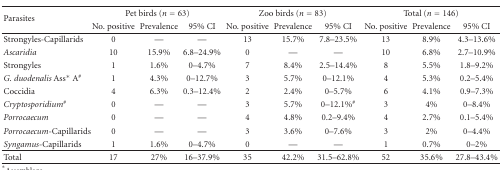
<table><thead><tr><td rowspan="2"><b>Parasites</b></td><td colspan="3"><b>Pet birds (<i>n</i> = 63)</b></td><td colspan="3"><b>Zoo birds (<i>n</i> = 83)</b></td><td colspan="3"><b>Total (<i>n</i> = 146)</b></td></tr><tr><td><b>No. positive</b></td><td><b>Prevalence</b></td><td><b>95% CI</b></td><td><b>No. positive</b></td><td><b>Prevalence</b></td><td><b>95% CI</b></td><td><b>No. positive</b></td><td><b>Prevalence</b></td><td><b>95% CI</b></td></tr></thead><tbody><tr><td>Strongyles-Capillarids</td><td>0</td><td>—</td><td>—</td><td>13</td><td>15.7%</td><td>7.8–23.5%</td><td>13</td><td>8.9%</td><td>4.3–13.6%</td></tr><tr><td><i>Ascaridia</i></td><td>10</td><td>15.9%</td><td>6.8–24.9%</td><td>0</td><td>—</td><td>—</td><td>10</td><td>6.8%</td><td>2.7–10.9%</td></tr><tr><td>Strongyles</td><td>1</td><td>1.6%</td><td>0–4.7%</td><td>7</td><td>8.4%</td><td>2.5–14.4%</td><td>8</td><td>5.5%</td><td>1.8–9.2%</td></tr><tr><td><i>G. duodenalis </i>Ass* A<sup>#</sup></td><td>1</td><td>4.3%</td><td>0–12.7%</td><td>3</td><td>5.7%</td><td>0–12.1%</td><td>4</td><td>5.3%</td><td>0.2–5.4%</td></tr><tr><td>Coccidia</td><td>4</td><td>6.3%</td><td>0.3–12.4%</td><td>2</td><td>2.4%</td><td>0–5.7%</td><td>6</td><td>4.1%</td><td>0.9–7.3%</td></tr><tr><td><i>Cryptosporidium</i><sup>#</sup></td><td>0</td><td>—</td><td>—</td><td>3</td><td>5.7%</td><td>0–12.1%<sup>#</sup></td><td>3</td><td>4%</td><td>0–8.4%</td></tr><tr><td><i>Porrocaecum</i></td><td>0</td><td>—</td><td>—</td><td>4</td><td>4.8%</td><td>0.2–9.4%</td><td>4</td><td>2.7%</td><td>0.1–5.4%</td></tr><tr><td><i>Porrocaecum</i>-Capillarids</td><td>0</td><td>—</td><td>—</td><td>3</td><td>3.6%</td><td>0–7.6%</td><td>3</td><td>2%</td><td>0–4.4%</td></tr><tr><td><i>Syngamus</i>-Capillarids</td><td>1</td><td>1.6%</td><td>0–4.7%</td><td>0</td><td>—</td><td>—</td><td>1</td><td>0.7%</td><td>0–2%</td></tr><tr><td>Total</td><td>17</td><td>27%</td><td>16–37.9%</td><td>35</td><td>42.2%</td><td>31.5–62.8%</td><td>52</td><td>35.6%</td><td>27.8–43.4%</td></tr></tbody></table>